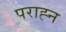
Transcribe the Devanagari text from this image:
पराह्न